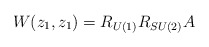
\begin{align*}W(z_1, z_1)=R_{U(1)}R_{SU(2)}A \end{align*}